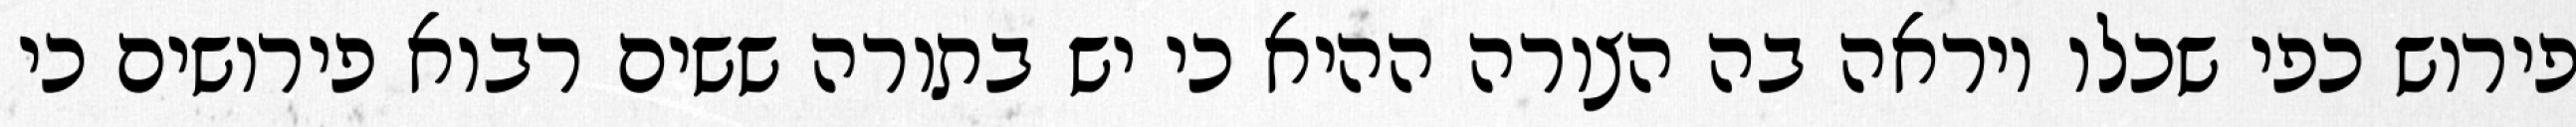
פירוש כפי שכלו ויראה בה הצורה ההיא כי יש בתורה ששים רבוא פירושים כי